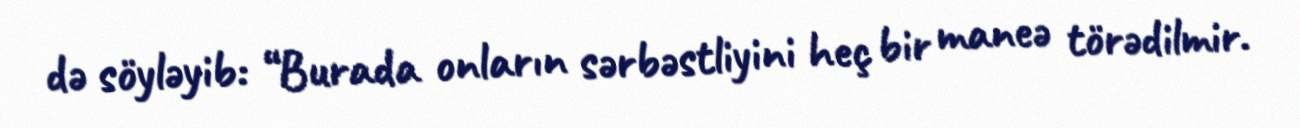
də söyləyib: “Burada onların sərbəstliyini heç bir maneə törədilmir.